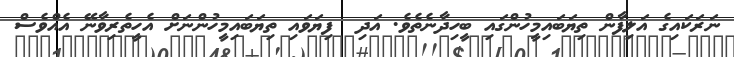
ނަރަކައިގެ އަލިފާން ތިޔަބައިމީހުންގައި ބީހިދާނެތެވެ. އަދި  ފިޔަވައި ތިޔަބައިމީހުންނަށް އެހީތެރިވާނޭ އެއްވެސް